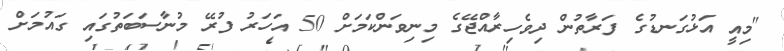
"މިއީ އަޅުގަނޑުގެ ފަރާތުން ދިވެހިރާއްޖޭގެ މިނިވަންކަމަށް 50 އަހަރު ފުރޭ މުނާސަބަތުގައި ގައުމަށް